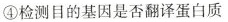
④检测目的基因是否翻译蛋白质